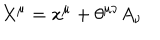
X ^ { \mu } = x ^ { \mu } + \theta ^ { \mu \nu } A _ { \nu }